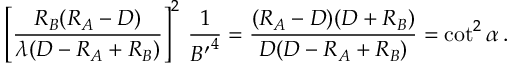
\left[ { \frac { R _ { B } ( R _ { A } - D ) } { \lambda ( D - R _ { A } + R _ { B } ) } } \right] ^ { 2 } \, { \frac { 1 } { { B ^ { \prime } } ^ { 4 } } } = { \frac { ( R _ { A } - D ) ( D + R _ { B } ) } { D ( D - R _ { A } + R _ { B } ) } } = \cot ^ { 2 } \alpha \, .